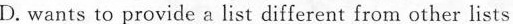
D. wants to provide a list different from other lists